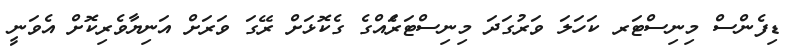
ޑިފެންސް މިނިސްޓަރ ކަހަލަ ވަރުގަދަ މިނިސްޓަރަެއްގެ ގެކޮޅަށް ރޭގަ ވަރަށް އަނިޔާވެރިިކޮށް އެވަނީ